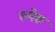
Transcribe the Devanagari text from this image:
रुयेश